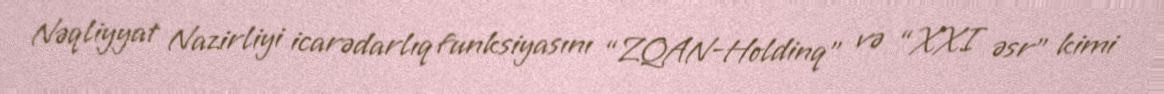
Nəqliyyat Nazirliyi icarədarlıq funksiyasını “ZQAN-Holdinq” və “XXI əsr” kimi